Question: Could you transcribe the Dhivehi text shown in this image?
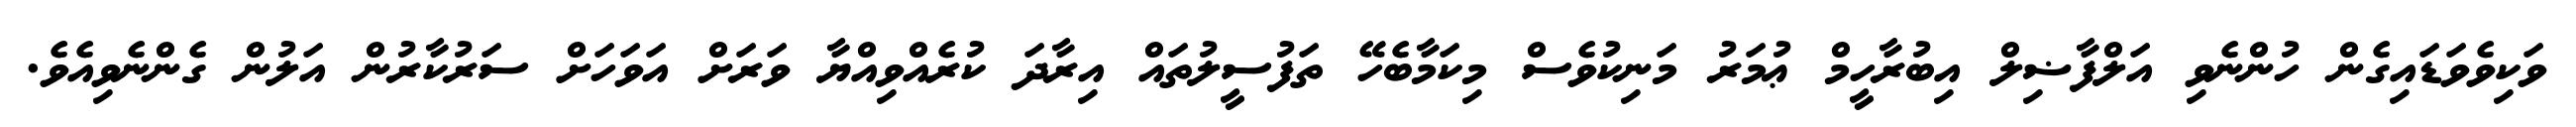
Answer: ވަކިވެވަޑައިގެން ހުންނެވި އަލްފާޟިލް އިބުރާހީމް ޢުމަރު މަނިކުވެސް މިކަމާބެހޭ ތަފުސީލުތައް އިރާދަ ކުރެއްވިއްޔާ ވަރަށް އަވަހަށް ސަރުކާރުން އަލުން ގެންނެވިއެވެ.